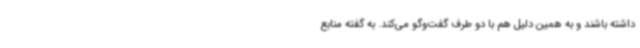
داشته باشند و به همین دلیل هم با دو طرف گفت‌وگو می‌کند. به گفته منابع